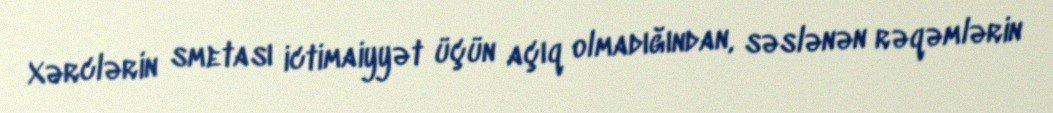
Xərclərin smetası ictimaiyyət üçün açıq olmadığından, səslənən rəqəmlərin